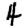
Digit: 4